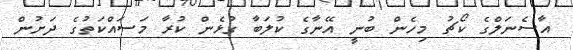
އާސެނަލްގެ ކޯޗު މިހެން ބުނީ އޭނާގެ ކުލަބާ ގުޅެން ކުރާ މަސައްކަތުގެ ދަށުން